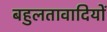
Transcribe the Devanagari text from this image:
बहुलतावादियों